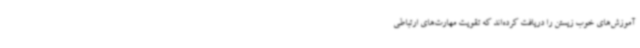
آموزش‌های خوب زیستن را دریافت کرده‌اند که تقویت مهارت‌های ارتباطی